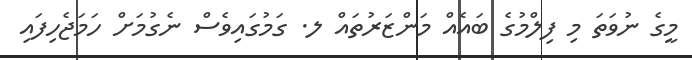
މީގެ ނުވަތަ މި ފިލްމުގެ ބައެއް މަންޒަރުތައް ލ. ގަމުގައިވެސް ނެގުމަށް ހަމަޖެހިފައި